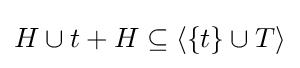
H\cup t+H\subseteq \langle \{t\}\cup T\rangle